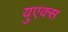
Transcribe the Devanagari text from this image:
युएक्स